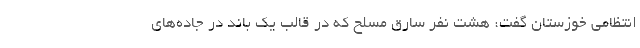
انتظامی خوزستان گفت: هشت نفر سارق مسلح که در قالب یک باند در جاده‌های